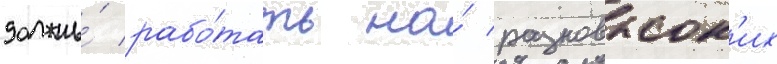
должны́ рабо́тать на́ разновысок'их